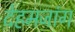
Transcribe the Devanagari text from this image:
देहमजांग